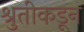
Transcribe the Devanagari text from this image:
श्रुतीकडून